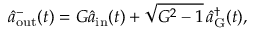
\hat { a } _ { \mathrm { o u t } } ^ { - } ( t ) = G \hat { a } _ { \mathrm { i n } } ( t ) + \sqrt { G ^ { 2 } - 1 } \, \hat { a } _ { \mathrm { G } } ^ { \dagger } ( t ) ,